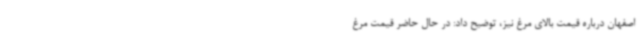
اصفهان درباره قیمت بالای مرغ نیز، توضیح داد: در حال حاضر قیمت مرغ